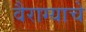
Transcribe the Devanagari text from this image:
वैराग्याचे